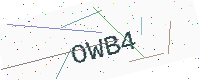
Text: OWB4